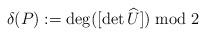
LaTeX: \begin{align*} \delta(P) := \deg([\det \widehat{U}]) \bmod{2}\end{align*}